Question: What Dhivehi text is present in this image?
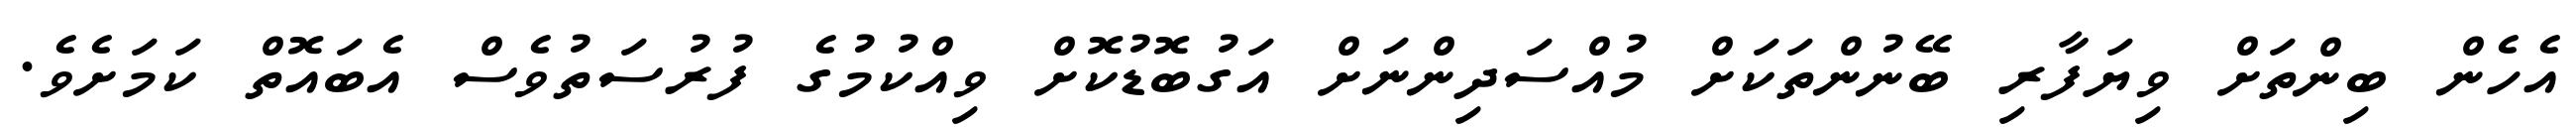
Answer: އެހެން ބިންތަށް ވިޔަފާރި ބޭނުންތަކަށް މުއްސަދިންނަށް އަގުބޮޑުކޮށް ވިއްކުމުގެ ފުރުސަތުވެސް އެބައޮތް ކަމަށެވެ.